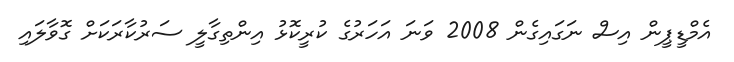
އެމްޑީޕީން އިސް ނަގައިގެން 2008 ވަނަ އަހަރުގެ ކުރީކޮޅު އިންތިގާލީ ސަރުކާރަކަށް ގޮވާލައި